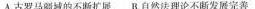
A.古罗马城的不断扩展B.自然法理论不断发 完善